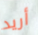
أريد